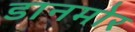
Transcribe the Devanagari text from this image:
डानमोर